Annual statistical returns and brief notes on vaccination in Bengal - 1909-1929
Year: 1909
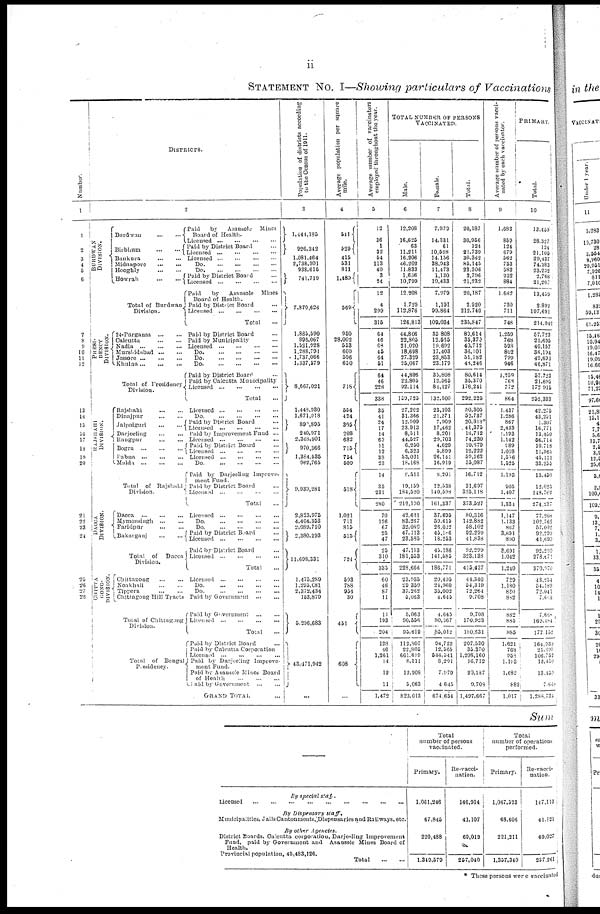
ii
STATEMENT No. I—Showing particulars of Vaccinations
Number.
1
1
2
3
4
5
6
7
8
9
10
11
12
13
14
15
16
17
18
19
20
21
22
23
24
25
26
28
DISTRICTS.
2
DIVISION.
PRESI-
DENCY
DIVISION.
RAJSHAHI
DIVISION.
DACCA
DIVISION.
CHITTA-
GONG-
DIVISION.
Burdwan...
...
Birbhum...
...
...
Bankura ... ... ...
Midnapore...
Hooghly... ... ... ...
Howrah... ... ... ...
Total of Burdwan
Division.
24-Parganas...
...
Calcutta...
...
Nadia...
...
Murshidabad...
...
Jessore...
...
...
Khulna...
...
...
Total of Presidency
Division.
Rajshahi...
...
Dinajpur...
...
Jalpaiguri...
...
Darjeeling...
...
Rangpur...
...
Bogra... ...
Pabna...
...
...
Malda...
...
Total of Rajshahi
Division.
Dacca...
...
Mymensingh...
...
Faridpur...
...
Bakarganj...
...
Total of Dacca
Division.
Chitagong...
...
Noakhali...
...
Tippera...
...
Chittagong Hill Tracts
Total of Chittagong
Division.
Total of Bengal
Presidency.
Paid
by
Asansole Mines
Board of Health.
Licensed...
...
...
...
Paid by District Board... ...
Licensed...
...
...
Licensed
...
...
...
Do... ... ... ... ...
Do...
...
...
...
Paid by District Board...
Licensed... ... ... ... ... ...
Paid
by
Asansole Mines
Board of Health.
Paid by District Board...
Licensed...
...
...
...
...
Total...
Paid by District Board...
Paid by Municipality...
Licensed...
...
Do...
...
...
...
...
Do...
...
...
...
...
Do...
...
...
...
...
Paid by District Board...
Paid by Calcutta Municipality
Licensed...
...
...
...
Total...
Licensed...
...
Do...
...
...
Paid by District Board...
Licensed...
...
Paid by Improvement Fund ... ...
Licensed...
...
Paid by District Board...
Licensed...
...
Licensed...
...
...
Do...
...
...
...
...
Paid by Darjeeling Improve-
ment Fund.
Paid by District Board...
Licensed...
...
...
...
Total...
Licensed...
...
Do...
...
...
...
...
Do...
...
...
...
...
Paid by District Board
Licensed...
...
...
...
...
Paid by District Board...
Licensed...
...
...
...
Total...
Licensed...
...
Do...
...
...
...
...
Do...
...
...
...
...
Paid by
Government...
...
Paid by
Government...
...
Licensed...
...
...
...
Total...
Paid by District Board...
Paid by Calcutta Corporation
Licensed...
...
...
...
Paid by Darjeeling
Improve-
ment Fund.
Paid by Asansole Mines Board
of
Health...
...
Paid by
Government...
...
GRAND TOTAL
Population of districts according
to the Census of 1911.
3
1,444,135
926,342
1,081,464
2,738,301
938,615
741,719
7,870,626
1,883,590
896,067
1,521,928
1,288,791
1,737,066
1,337,579
8,667,021
1,443,930
1,671,018
890,895
240,971
2,368,901
970,366
1,334,535
962,765
9,933,281
2,823,975
4,404,353
2,089,710
2,380,293
11,698,331
1,475,289
1,295,081
2,372,434
153,879
5,296,683
43,471,942
...
Average population per square
mile.
4
511
529
415
531
811
1,489
569
950
28,002
553
609
596
650
718
554
424
305
208
682
715
754
509
518
1,021
711
815
515
724
593
788
954
30
451
608
Average number of vaccinators
employed throughout the year.
5
12
36
1
32
54
113
40
3
24
12
4
299
315
64
46
68
45
64
51
64
46
228
338
35
41
24
17
14
63
11
12
38
23
14
35
231
280
70
126
67
25
47
25
310
335
60
46
87
11
11
193
204
128
46
1,261
14
12
11
1,472
TOTAL NUMBER OF PERSONS
VACCINATED.
Male.
6
12,208
16,625
63
11,211
16,206
46,202
11,833
1,636
10,799
12,208
1,729
112,876
126,813
44,806
22,805
21,020
18,698
27,329
25,067
44,806
22,805
92,114
139,723
27,202
31,366
12,909
23,913
8,311
44,527
6,250
6,323
33,021
18,168
8,511
19,159
184,520
212,190
42,621
83,267
32,080
47,113
23,585
47,113
181,553
228,666
23,935
29,359
37,262
5,063
5,063
90,556
95,619
112,807
22,805
661,609
8,511
12,208
5,063
823,013
Female.
7
7,979
14,331
61
10,528
14,156
38,943
11,473
1,130
10,433
7,979
1,191
99,864
109,034
35,808
12,635
19,692
17,403
23,853
23,179
35,808
12,565
84,127
132,500
23,103
21,371
7,909
17,462
8,201
29,703
4,629
5,899
26,141
16,919
8,201
12,538
140,598
161,337
37,695
59,615
26,022
45,156
18,253
45,186
141,585
186,771
20,495
24,960
35,002
4,645
4,645
80,367
85,012
94,723
12,565
543,541
8,201
7,979
4,645
674,654
Total.
8
20,187
30,956
124
21,739
30,362
85,145
23,306
2,796
21,232
20,187
2,920
212,740
233,847
89,614
35,370
40,712
36,101
51,182
48,246
80,614
35,370
176,241
292,225
50,305
52,737
20,818*
41,375
16,712
74,230
10,879
12,222
59,162
35,087
16,712
31,697
325,118
373,527
80,316
142,882
58,102
92,299
41,838
92,299
323,133
415,437
44,340
54,319
72,264
9,708
9,708
170,923
180,631
207,530
35,370
1,208,160
16,712
20,187
9,708
1,497,667
Average number of persons vacci-
nated by each vaccinator.
9
1,682
859
124
679
562
753
582
932
884
1,682
730
711
748
1,259
768
598
802
799
946
1,259
768
772
864
1,437
1,286
867
2,433
1,193
1,142
189
1,018
1,506
1,525
1,198
905
1,407
1,334
1,147
1,133
867
3,691
890
3,691
1,042
1,240
739
1,180
830
882
832
885
885
1,621
768
958
1,183
1,682
882
1,017
PRIMARY.
Total.
10
13,459
28,327
124
21,105
29,437
74,383
23,232
2,768
31,207
13,439
2,892
197,691
214,042
57,723
21,695
40,157
36,194
449,693 46,871
57,723
21,695
172,915
252,333
42,275
43,251
1,307
16,771
13,430
56,714
10,718
11,360
45,131
33,253
13,450
12,023
248,762
274,237
77,208
102,762
57,092
92,299
41,699
92,299
273,671
370,970
43,254
54,189
72,041
7,643
7,688
169,484
177,132
164,939
21,608
106,752
13,450
13,459
7,660
1,288,734
Sum
By special stat.
Licensed ...
...
...
...
...
...
...
By Dispensary staff.
Municipalities, Jails Cantonments.Dispensaries and Railways, etc.
By other Agencies.
District Boards, Calcutta corporation, Darjeeling Improvement
Fund, paid by Government and Asansole Mines Board of
Health.
Provincial population, 45,483,126.
Total
...
...
Total
number of persons
vaccinated.
Primary.
1,061,246
67,845
220,488
1,349,579
Re-vacci-
nation.
146,914
41,107
69,019
257,040
Total
number of operations
performed.
Primary.
1,067,523
68,606
221,211
1,357,340
Re-vacci-
nation.
147,113
41,121
69,027
257,261
* These persons were vaccinated